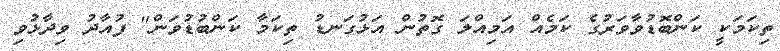
ތިކަމަކީ ކަންބޮޑުވާވަރުގެ ކަމެއް އަމިއްލަ ގޮތުން އަޅުގަނޑު ތިކަމާ ކަންބުޑުވަން" ފުއާދު ވިދާޅުވި